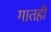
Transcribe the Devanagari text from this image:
गातही